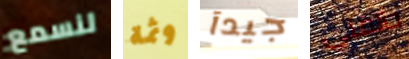
لنسمع وثمة جيدآ حالفني